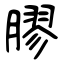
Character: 膠